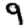
Digit: 9